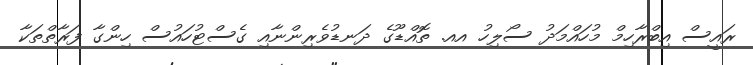
ރައީސް އިބްރާހިމް މުހައްމަދު ސޯލިހު އއ. ތޮއްޑޫގެ ދަނޑުވެރިންނާއި ގެސްޓުހައުސް ހިންގާ ފަރާތްތަކާ